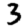
Digit: 3